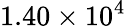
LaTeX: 1.40\times 10^{4}